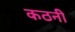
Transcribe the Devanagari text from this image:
कठनी